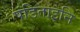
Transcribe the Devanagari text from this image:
पंडिताइनि